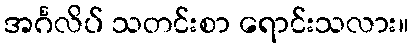
အင်္ဂလိပ် သတင်းစာ ရောင်းသလား။